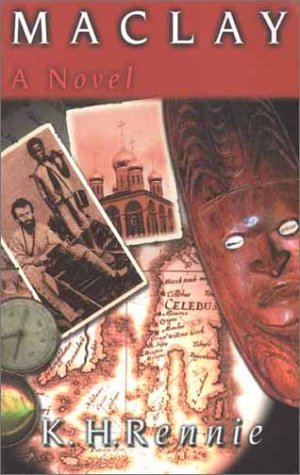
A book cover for Maclay; K. H. Rennie; Travel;